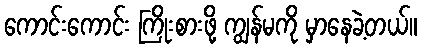
ကောင်းကောင်း ကြိုးစားဖို့ ကျွန်မကို မှာနေခဲ့တယ်။